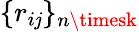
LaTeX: \{ r_{i\mathit{j}}\} _{n\timesk}